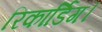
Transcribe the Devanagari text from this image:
रिकार्डिग।